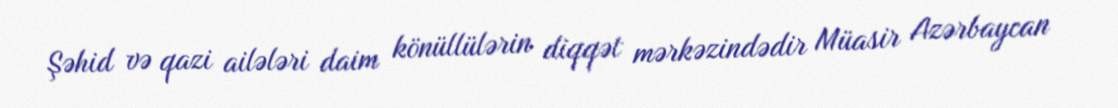
Şəhid və qazi ailələri daim könüllülərin diqqət mərkəzindədir Müasir Azərbaycan